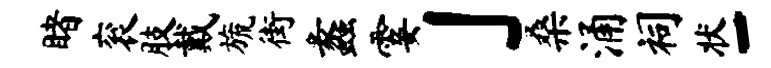
睹衮肢戴旒街蠡霎」桑涌祠状-